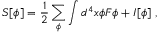
S [ \phi ] = \frac { 1 } { 2 } \sum _ { \phi } \int d ^ { 4 } x \phi { \cal F } \phi + I [ \phi ] \; ,